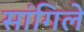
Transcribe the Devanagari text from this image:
सांगिले